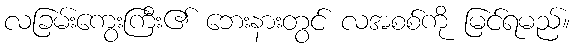
လခြမ်းကွေးကြီး၏ ဘေးနားတွင် လအစစ်ကို မြင်ရမည်။